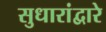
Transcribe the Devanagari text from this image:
सुधारांद्वारे